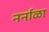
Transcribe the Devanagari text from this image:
नर्नाळा